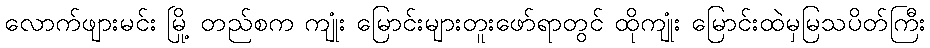
လောက်ဖျားမင်း မြို့ တည်စက ကျုံး မြောင်းများတူးဖော်ရာတွင် ထိုကျုံး မြောင်းထဲမှမြသပိတ်ကြီး